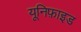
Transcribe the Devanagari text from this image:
यूनिफ़ाइड